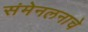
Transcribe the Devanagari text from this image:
संमेनलनाचे